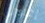
إعادتي